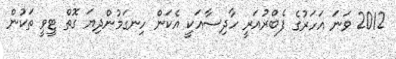
2012 ވަނަ އަހަރުގެ ފެބްރުއަރީ ހާދިސާއަކީ އެކަން ހިނގަމުންދިޔަ ގޮތް ޓީވީ ތަކުން